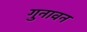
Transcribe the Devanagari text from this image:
गुनावन